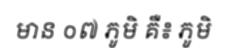
មាន ០៧ ភូមិ គឺ៖ ភូមិ